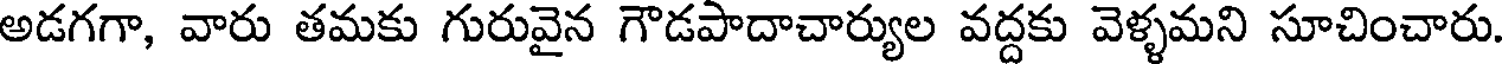
అడగగా, వారు తమకు గురువైన గౌడపాదాచార్యుల వద్దకు వెళ్ళమని సూచించారు.